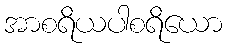
အာစရိယပါစရိယော